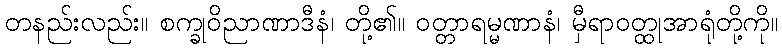
တနည်းလည်း။ စက္ခုဝိညာဏာဒီနံ၊ တို့၏။ ဝတ္တာရမ္မဏာနံ၊ မှီရာဝတ္ထုအာရုံတို့ကို။